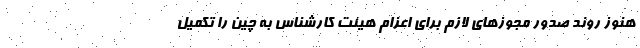
هنوز روند صدور مجوزهای لازم برای اعزام هیئت کارشناس به چین را تکمیل